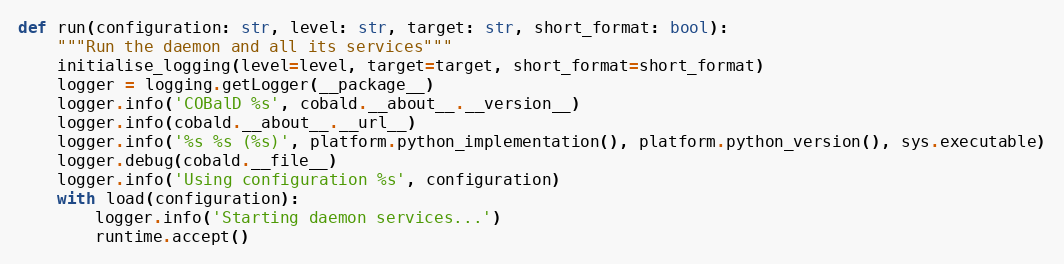
Language: Python
def run(configuration: str, level: str, target: str, short_format: bool):
    """Run the daemon and all its services"""
    initialise_logging(level=level, target=target, short_format=short_format)
    logger = logging.getLogger(__package__)
    logger.info('COBalD %s', cobald.__about__.__version__)
    logger.info(cobald.__about__.__url__)
    logger.info('%s %s (%s)', platform.python_implementation(), platform.python_version(), sys.executable)
    logger.debug(cobald.__file__)
    logger.info('Using configuration %s', configuration)
    with load(configuration):
        logger.info('Starting daemon services...')
        runtime.accept()